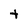
Character: t